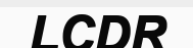
LCDR